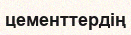
цементтердің